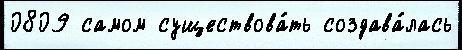
0809 самом существова́ть создава́лась